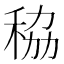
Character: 䅄